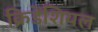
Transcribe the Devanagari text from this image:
क्रिडेंशियल